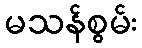
မသန်စွမ်း